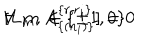
LaTeX: [ L _ { m } , A _ { \{ ( n _ { i } ) \} } ^ { \{ r , r _ { i } \} } ] = 0 \hspace { 2 c m } \forall \: \: m \: \in \{ \pm 1 , 0 \}